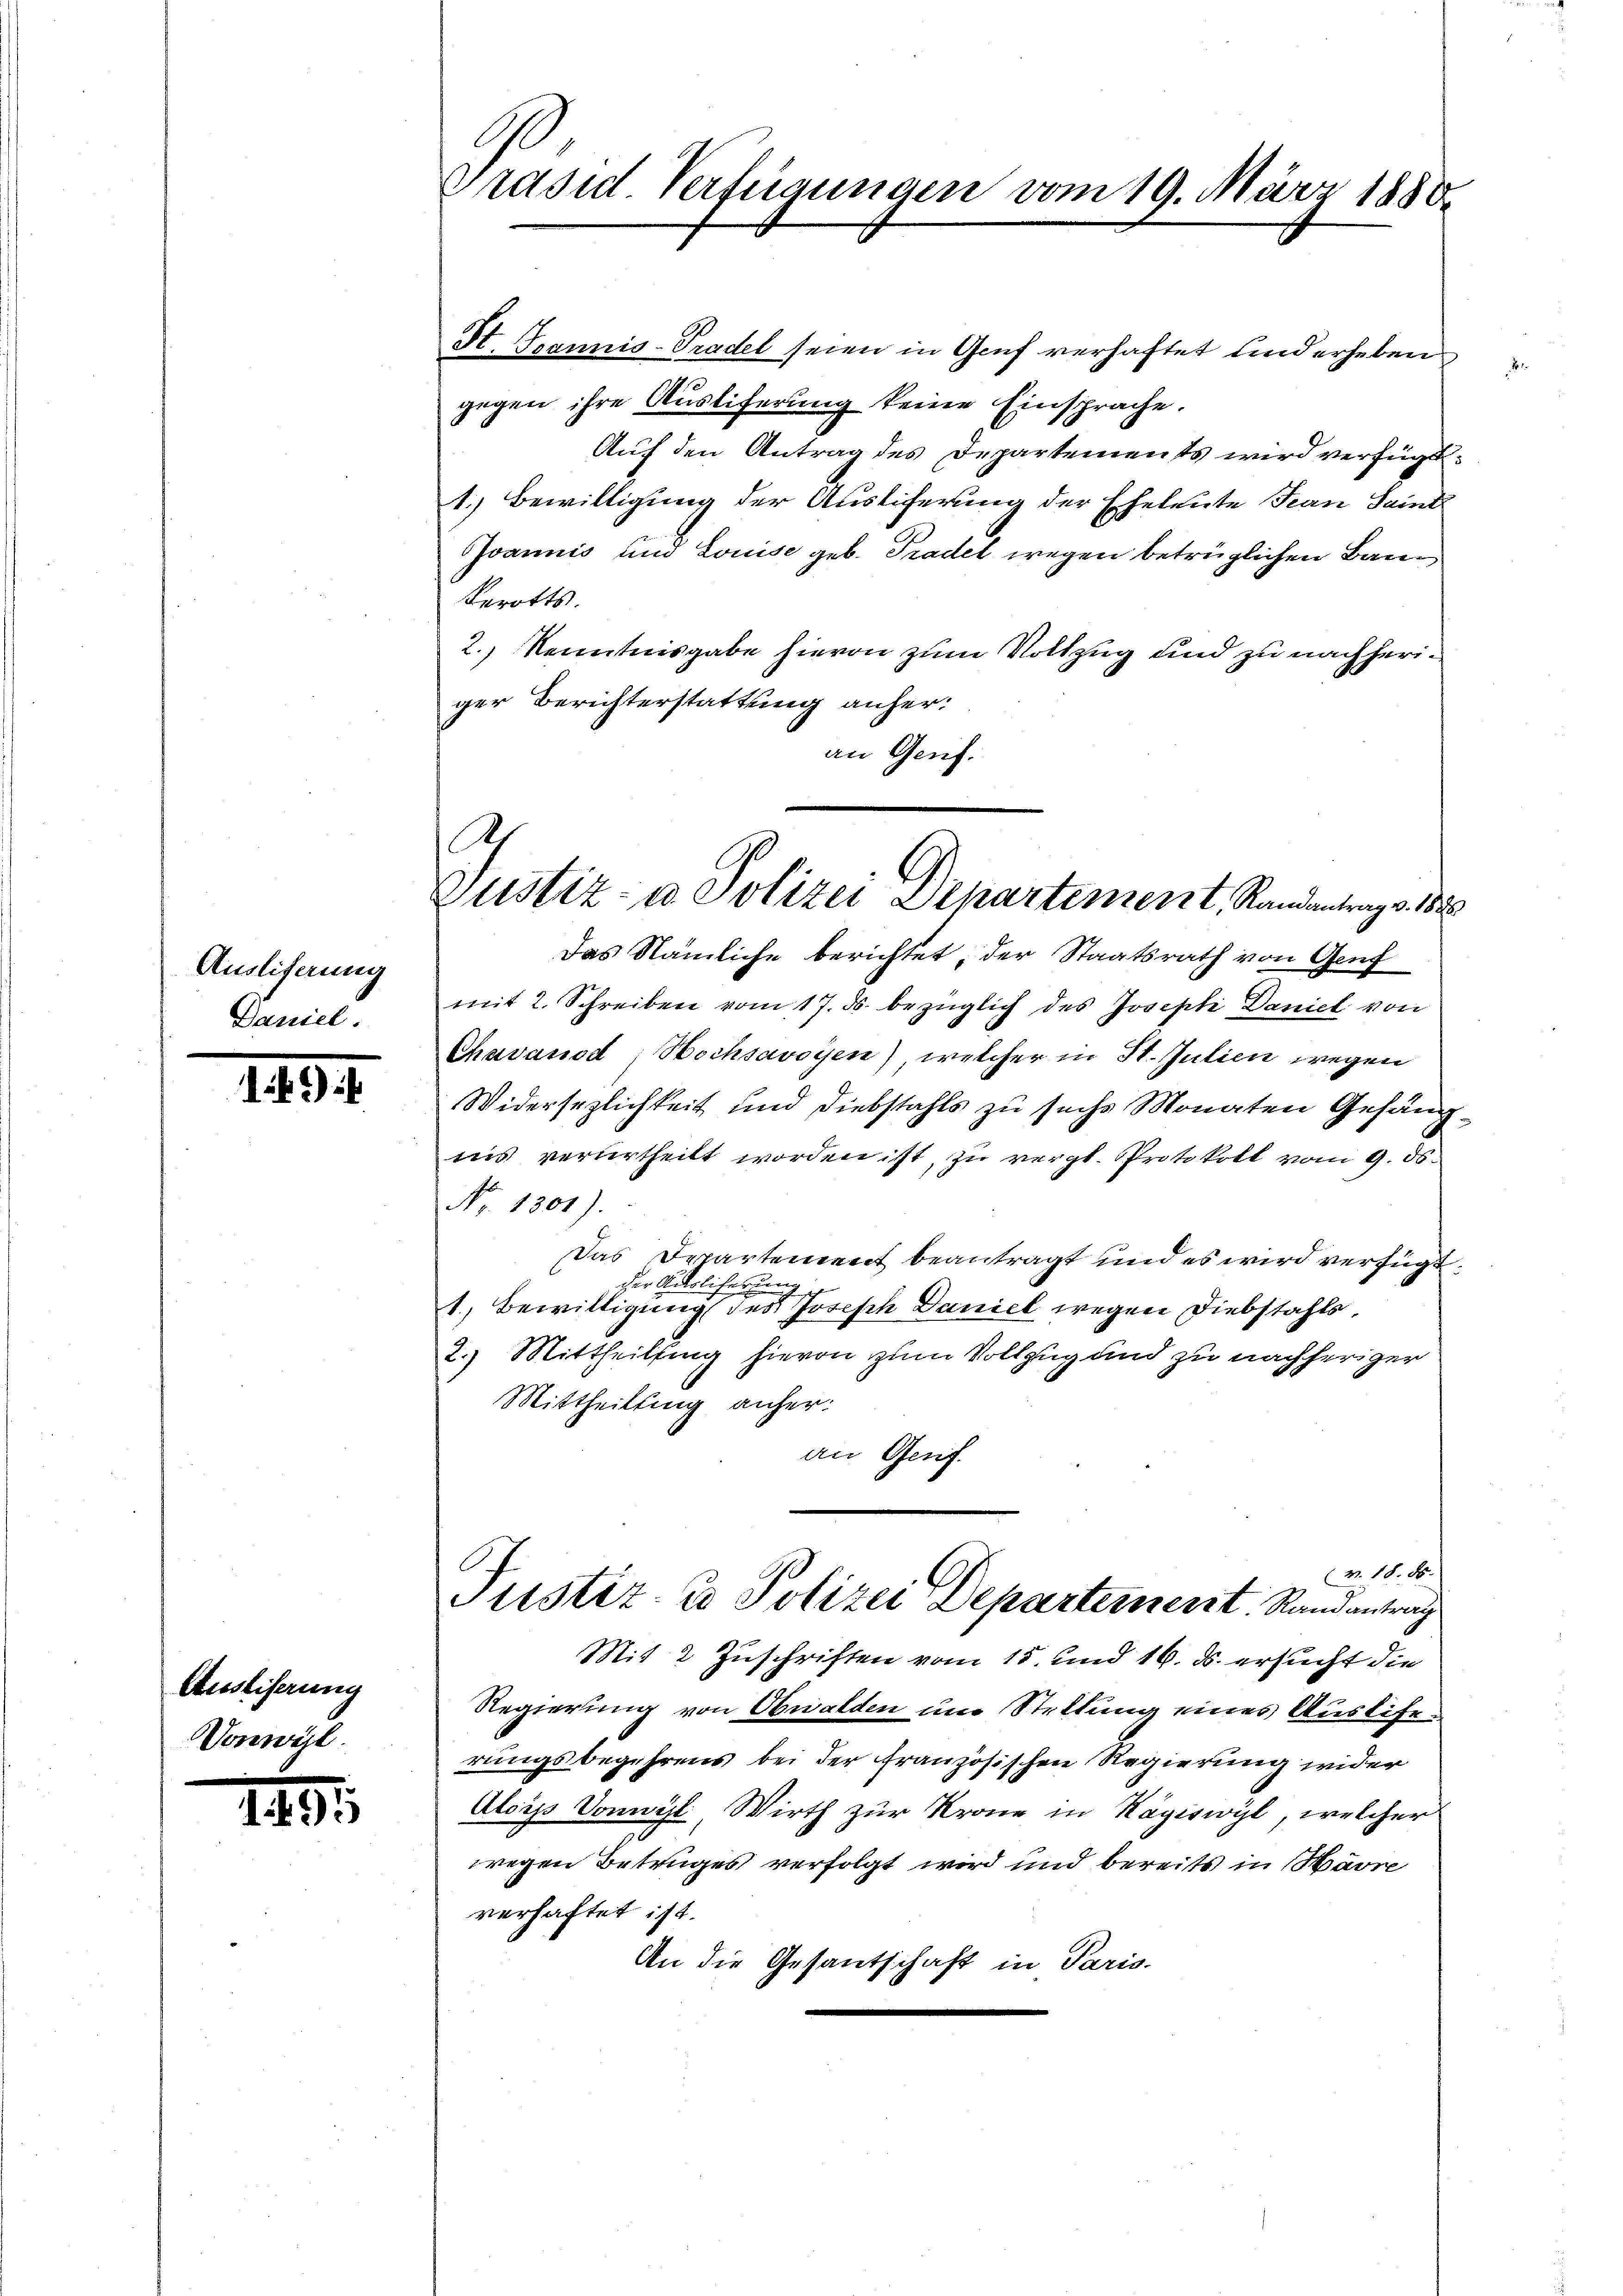
Auslieferung
Daniel

1494

Ausliserung
Vonwyl

7

2

9
Präsid Verfügungen vom 19. März 1880.

St. Jeannis-Tradel seien in Genf verhaftet und erheben
gegen ihre Ausliferung keine Einsprache.
Auf den Antrag des Departements wird verfügt:
1.) Bewilligung der Auslieferung der Eheleute Jean Saint
Ivannis und Louise geb. Tradel wegen betrüglichen Bann
Berotts.
2.) Kenntnisgabe hievon zum Vollzug und zu nachheriger Berichterstattung anheran Genf.

Ach
Zustiz- u Polizei Departement, Randantrag v. 1823.

Das Nämliche berichtet der Staatsrath von Genf
mit 2. Schreiben vom 17. ds. bezüglich des Josepti Daniel von
Chavanod, Hochsavoyen) welcher in St. Julien wegen
Widersezlichkeit und Diebstahls zu sechs Monaten Gefäng
nis verurtheilt worden ist, zu vergl. Protokoll vom 9. ds.
Nr. 1301).
Das Drartement beantragt und es wird verfügt
der Aderlieferung
1, Bewilligung des Joseph Daniel wegen Diebstahls,
2.) Mittheilung hievon zum Vollzug und zu nachheriger
Mittheilung anher:
an Genf.
(v. 18. 85.
Justiz- & Polizei Departement Randantrage
Mit 2 Zuschriften vom 15. und 16. ds. ersucht die
Regierung von Obwalden und Stellung eines Ausliferungsbegehrens bei der französischen Regierung wider
Aloyss Vonwyl Wirth zur Krone in Kägiswyl, welcher
wegen Betruges verfolgt wird und bereits in Warre
verhaftet ist.
An die Gesantschaft in Paris.